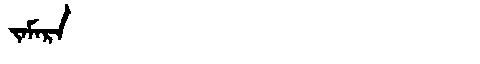
Manchu: ᠵᠠᠮᠠᡵᠠ
Romanization: JAMARA